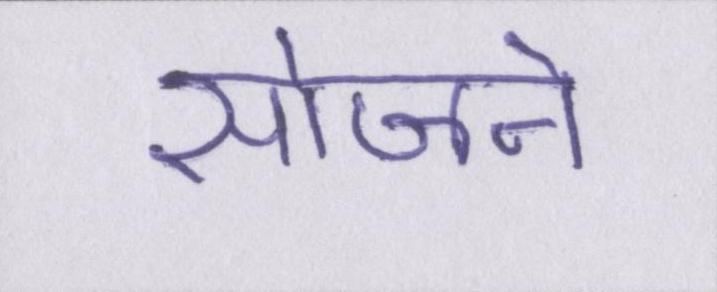
सोजने